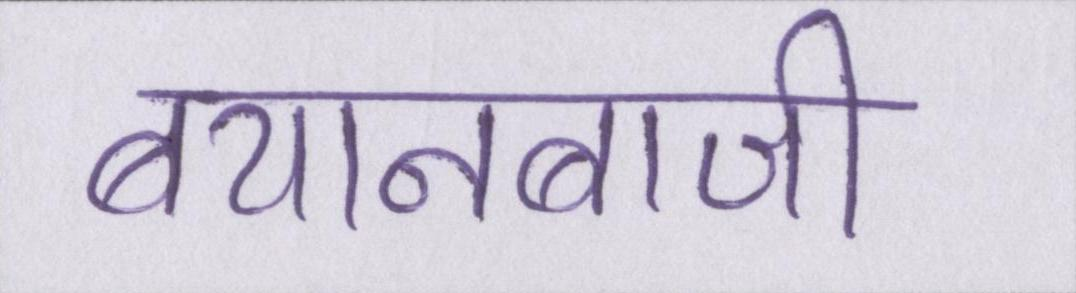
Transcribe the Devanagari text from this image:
बयानबाजी